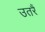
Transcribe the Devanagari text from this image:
उतरैं